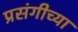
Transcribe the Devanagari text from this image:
प्रसंगीच्या